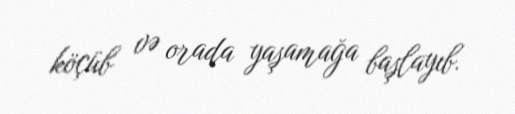
köçüb və orada yaşamağa başlayıb.